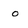
Character: o